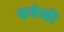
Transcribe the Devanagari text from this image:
कनेष्की